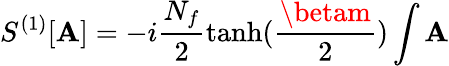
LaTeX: S^{(1)}[\mathbf{A}]=-i\frac{{N_{f}}}{{2}}\operatorname{tanh}(\frac{{\betam}}{{2}})\int\mathbf{A}